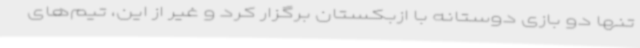
تنها دو بازی دوستانه با ازبکستان برگزار کرد و غیر از این، تیم‌های